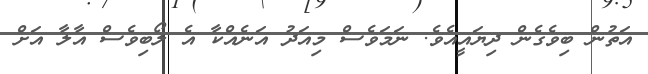
އަތުން ބިވެގެން ދިޔައީއެވެ. ނަމަވެސް މިއަދު އަނެއްކާ އެ ލޯބިވެސް އާލާ އަށް